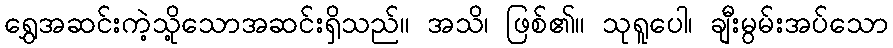
ရွှေအဆင်းကဲ့သို့သောအဆင်းရှိသည်။ အသိ၊ ဖြစ်၏။ သုရူပေါ၊ ချီးမွမ်းအပ်သော